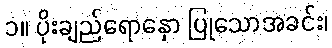
၁။ ပိုးချည်ရောနှော ပြုသောအခင်း၊